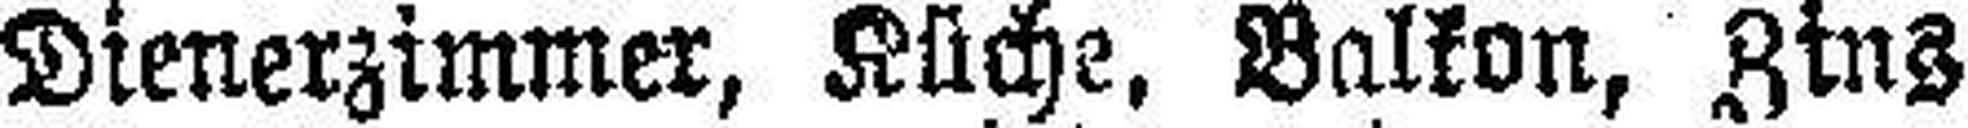
Dienerzimmer, Küche, Balkon, Zinz